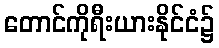
တောင်ကိုရီးယားနိုင်ငံ၌